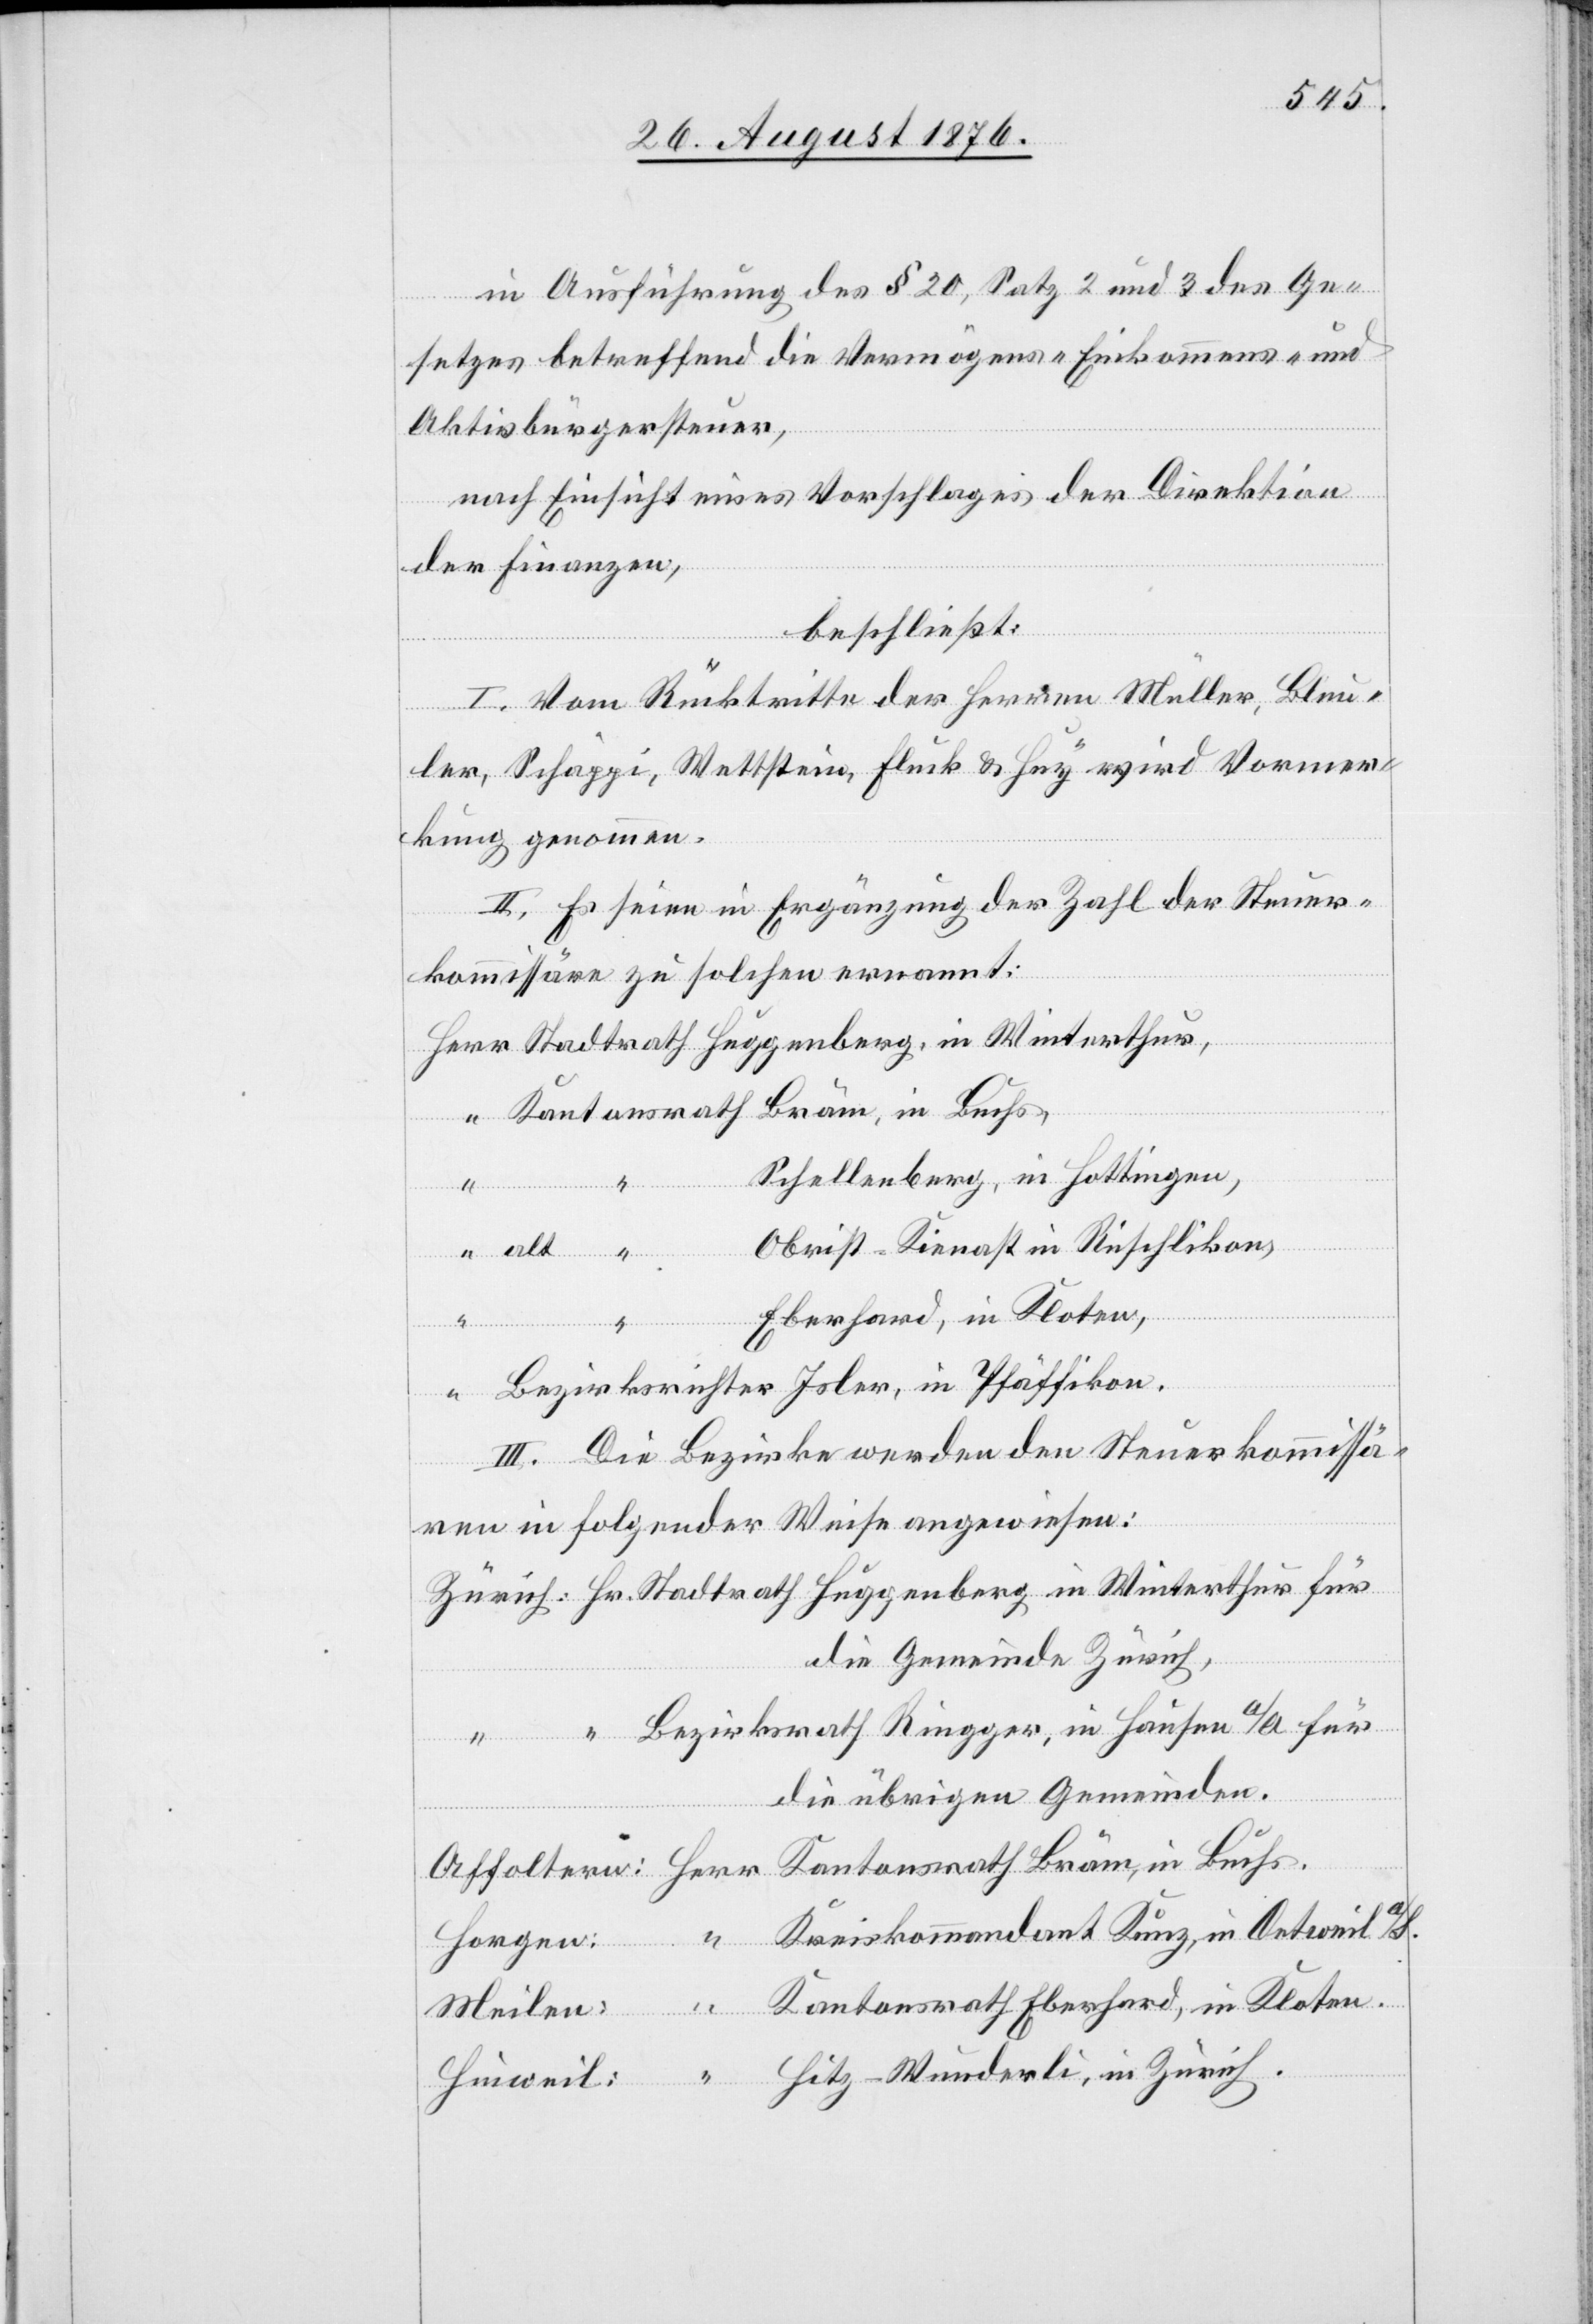
in

in Ausführung des § 20, Satz 2 und 3 des Ge¬
setzes betreffend die Vermögens-[,] Einkommens- und
Aktivbürgersteuer,
nach Einsicht eines Vorschlages der Direktion
der Finanzen,
beschließt:
I. Vom Rücktritte der Herren Müller, Bleu¬
ler, Schäppi, Wettstein, Fluck & Huy wird Vormer¬
kung genommen.
II. Es seien in Ergänzung der Zahl der Steuer¬
kommissäre zu solchen ernannt:
Kantonsrath Bräm, in Buchs.
Schellenberg, in Hottingen,
“
alt
Obrist-Kienast in Rüschlikon,
Eberhard, in Kloten,
III. Die Bezirke werden den Steuerkommissä¬
ren in folgender Weise angewiesen:
die Gemeinde Zürich,
Bezirksrath Riegger, in Hausen a/A. für
die übrigen Gemeinden.
Kantonsrath Eberhard, in Kloten.
Meilen: